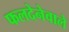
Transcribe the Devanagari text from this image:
फलदेनेवाले